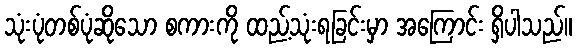
သုံးပုံတစ်ပုံဆိုသော စကားကို ထည့်သုံးရခြင်းမှာ အကြောင်း ရှိပါသည်။